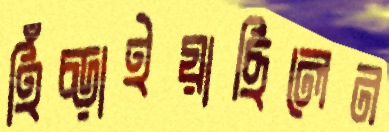
হিঁচ্‌ড়াইয়াছিলেন